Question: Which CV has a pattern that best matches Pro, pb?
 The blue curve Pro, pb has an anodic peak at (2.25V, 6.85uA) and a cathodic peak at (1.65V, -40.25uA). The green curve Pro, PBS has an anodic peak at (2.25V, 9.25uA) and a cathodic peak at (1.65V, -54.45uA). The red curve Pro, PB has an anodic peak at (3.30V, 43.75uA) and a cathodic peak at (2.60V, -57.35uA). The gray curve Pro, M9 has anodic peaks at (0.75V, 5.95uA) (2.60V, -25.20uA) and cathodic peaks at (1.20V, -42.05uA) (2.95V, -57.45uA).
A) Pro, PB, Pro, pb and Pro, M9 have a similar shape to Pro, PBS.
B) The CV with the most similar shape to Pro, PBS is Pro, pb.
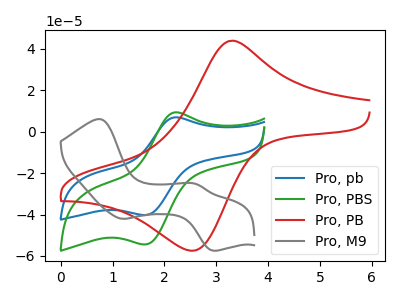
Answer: <think>All the peaks in "Pro, pb" have a peak in "Pro, PBS" at the same potential. Every peak in "Pro, pb" is lower than every peak in "Pro, PBS". "Pro, pb" and "Pro, PB" have at least one peak that do not match. "Pro, pb" and "Pro, M9" have a different number of peaks. "Pro, PBS" and "Pro, PB" have at least one peak that do not match. "Pro, PBS" and "Pro, M9" have a different number of peaks. "Pro, PB" and "Pro, M9" have a different number of peaks.
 </think>
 <answer>B) The CV with the most similar shape to "Pro, PBS" is "Pro, pb".</answer>
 <eval>B</eval>